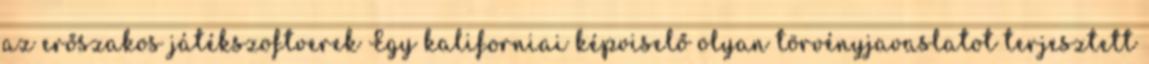
az erőszakos játékszoftverek Egy kaliforniai képviselő olyan törvényjavaslatot terjesztett